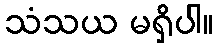
သံသယ မရှိပါ။